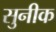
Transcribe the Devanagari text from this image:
सुनीक